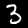
Digit: 3